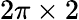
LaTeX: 2\pi\times 2